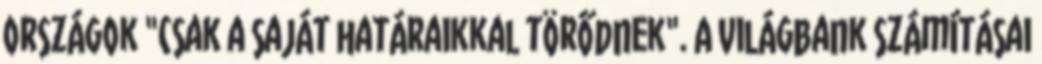
országok "csak a saját határaikkal törődnek". A Világbank számításai